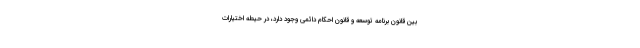
بین قانون برنامه توسعه و قانون احکام دائمی وجود دارد، در حیطه اختیارات